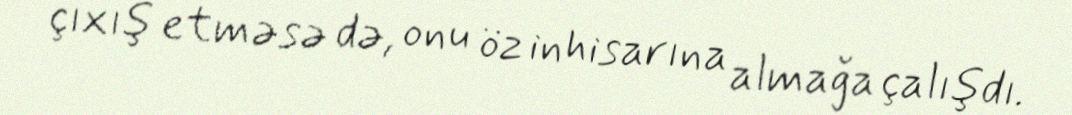
çıxış etməsə də, onu öz inhisarına almağa çalışdı.